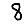
Digit: 8